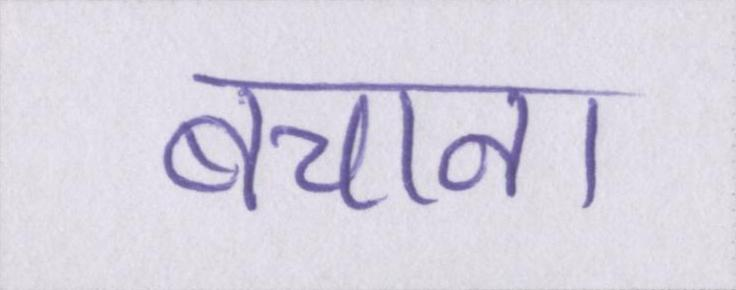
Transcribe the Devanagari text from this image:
बचाना